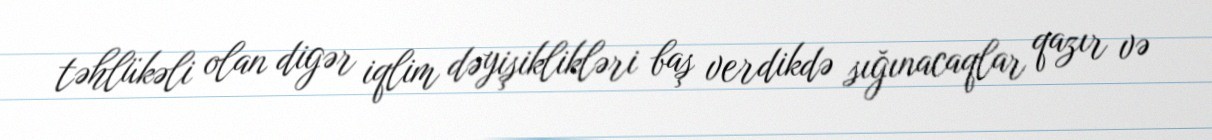
təhlükəli olan digər iqlim dəyişiklikləri baş verdikdə sığınacaqlar qazır və